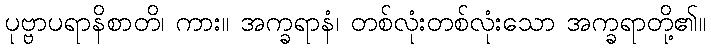
ပုဗ္ဗာပရာနိစာတိ၊ ကား။ အက္ခရာနံ၊ တစ်လုံးတစ်လုံးသော အက္ခရာတို့၏။